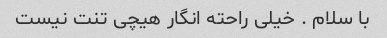
با سلام . خیلی راحته انگار هیچی تنت نیست